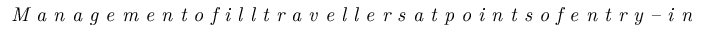
\textit { M a n a g e m e n t o f i l l t r a v e l l e r s a t p o i n t s o f e n t r y – i n t e r n a t i o n a l }